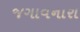
જગાવનારા